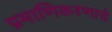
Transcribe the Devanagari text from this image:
प्रमाणिकरणाचे